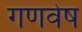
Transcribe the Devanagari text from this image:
गणवेष